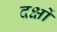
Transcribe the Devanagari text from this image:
दक्षों